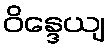
ဝိန္ဒေယျ